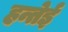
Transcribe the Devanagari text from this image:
हन्तेई